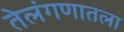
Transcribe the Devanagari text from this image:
तेलंगणातला